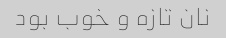
نان تازه و خوب بود